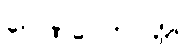
ဂေါဏပေတဝတ္ထု